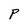
Character: P